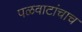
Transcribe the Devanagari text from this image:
पळवाटांचाच